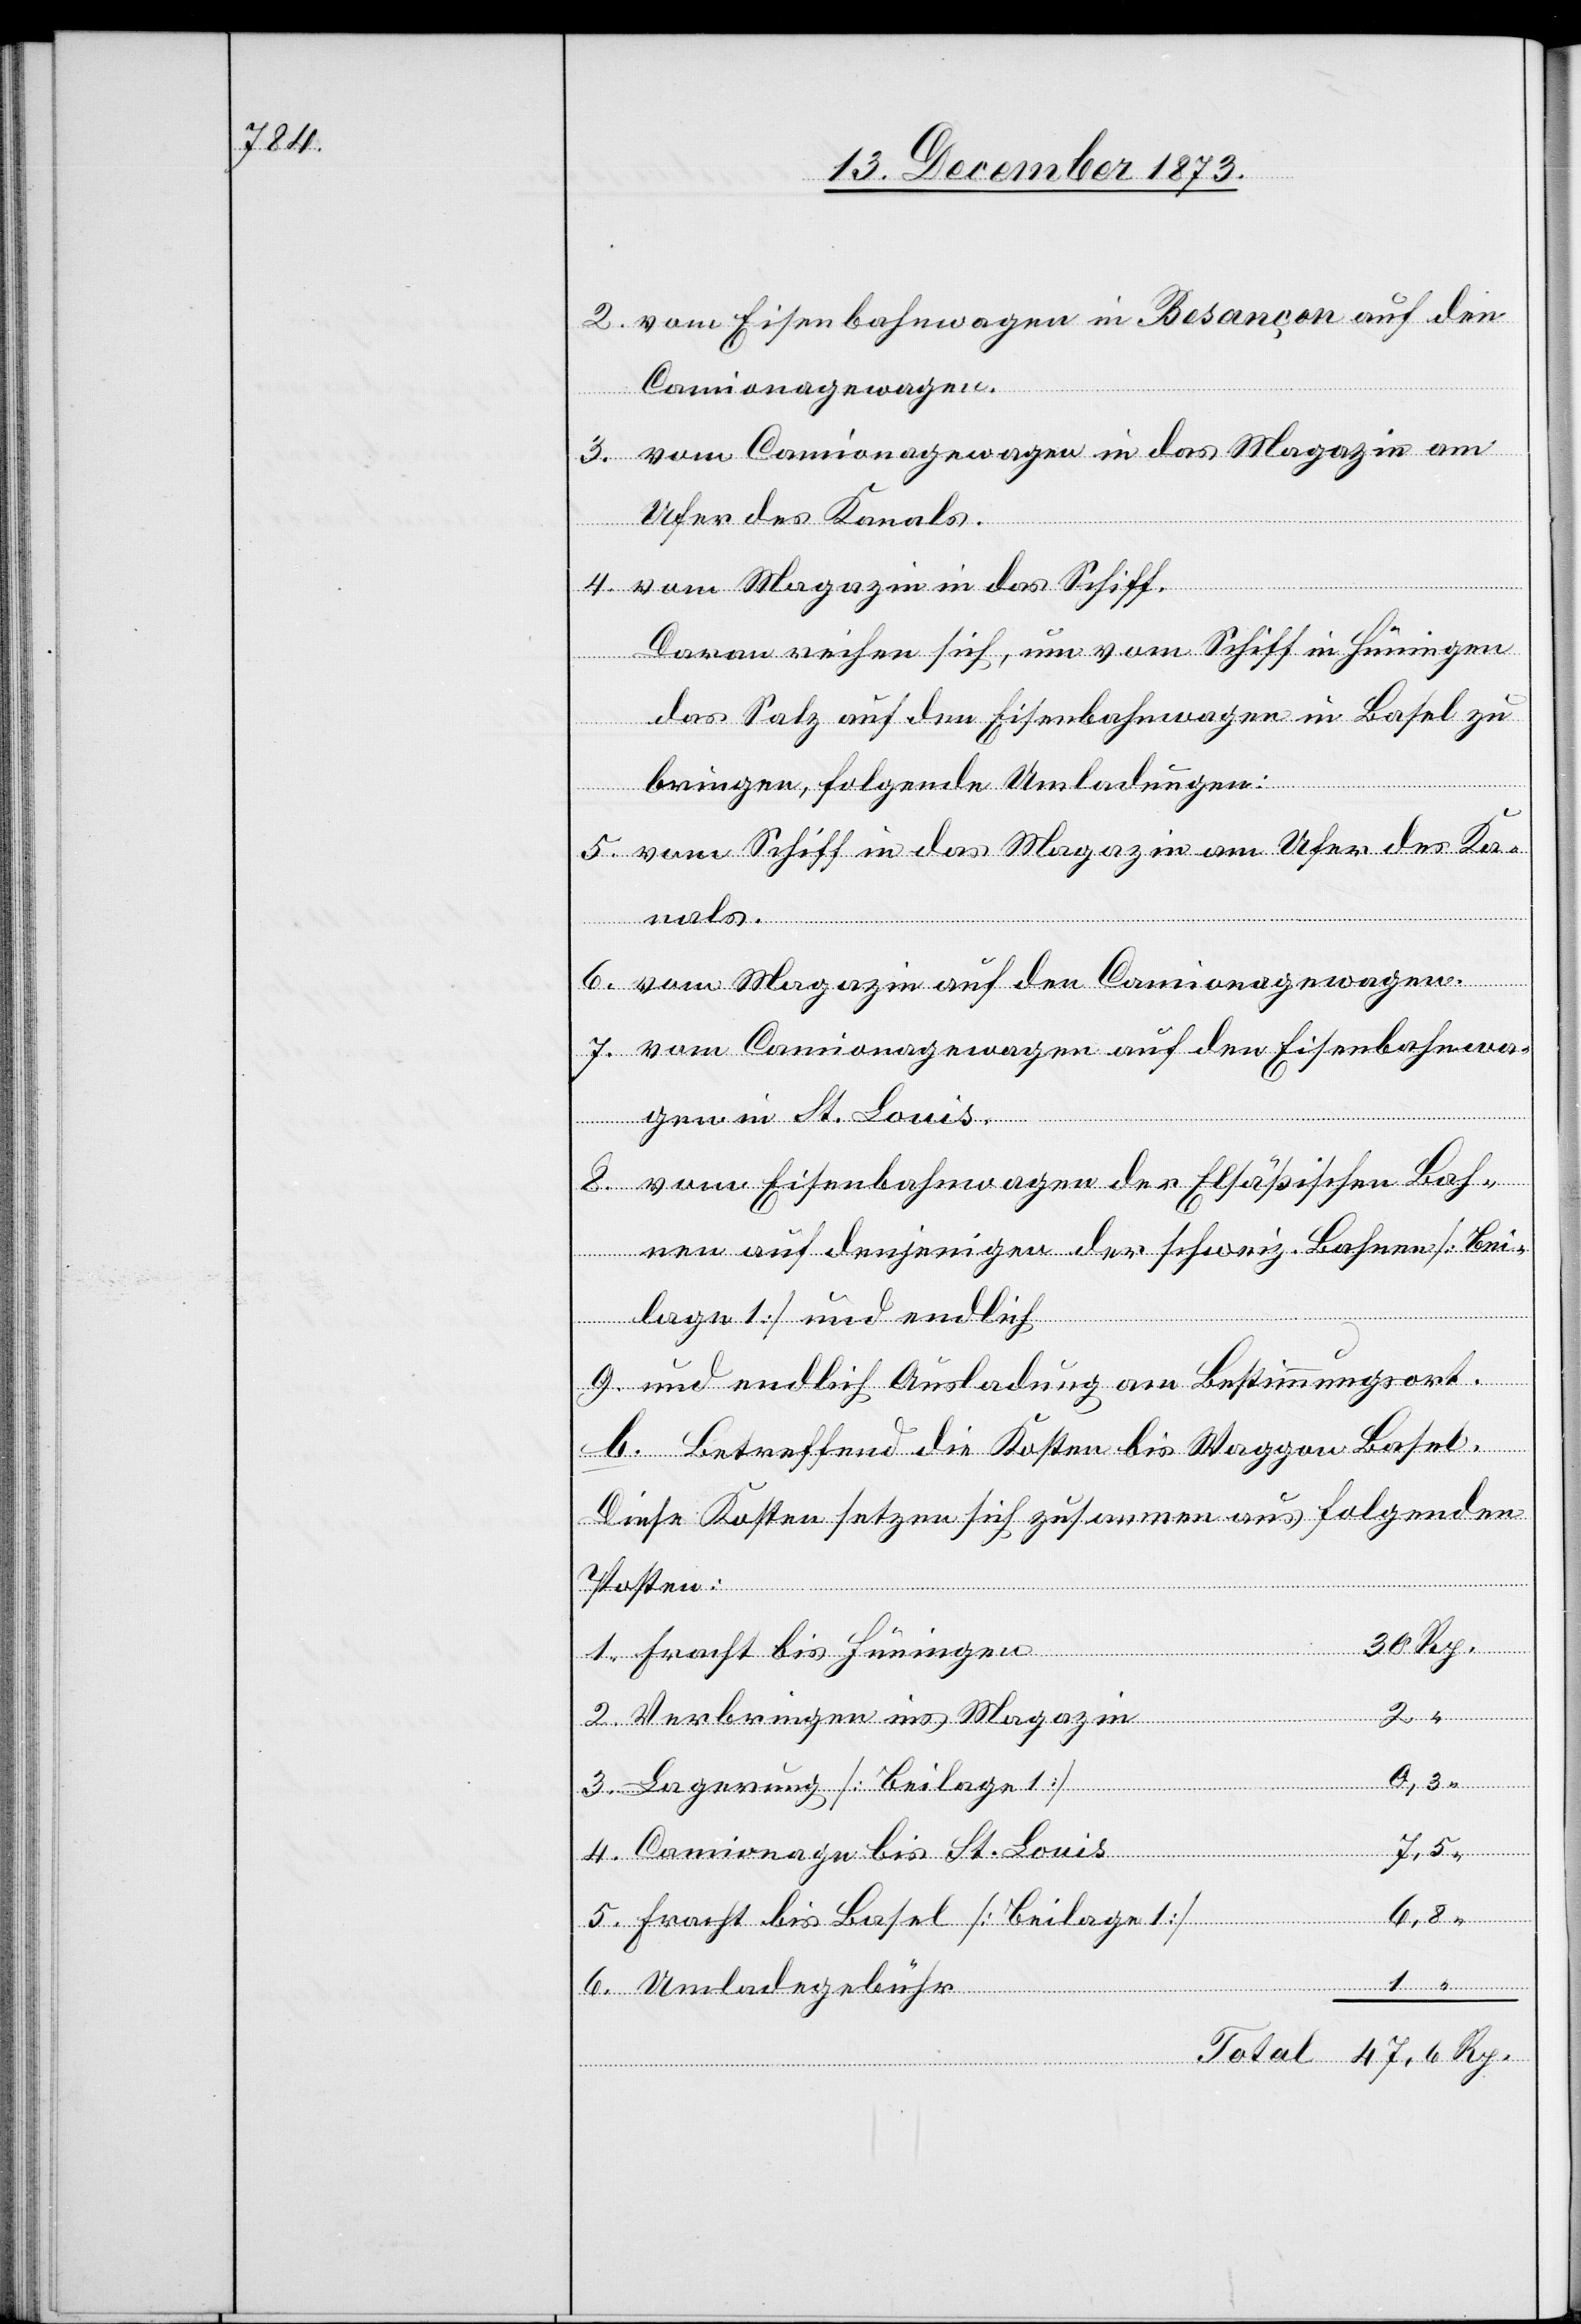
2. von Eisenbahnwagen in Besançon auf den
Camionagewagen.
3. vom Camionagewagen in das Magazin am
Ufer des Kanals.
4. vom Magazin in das Schiff.
Daran reihen sich, um vom Schiff in Hüningen
das Salz auf den Eisenbahnwagen in Basel zu
bringen, folgende Umladungen:
Rp.
5. vom Schiff in das Magazin am Ufer des Ka¬
nals.
6. vom Magazin auf den Camionagewagen.
7. vom Camionagewagen auf den Eisenbahnwa¬
gen in St. Louis.
8. vom Eisenbahnwagen der Elsäßischen Bah¬
nen auf denjenigen der schweiz. Bahnen [Bei¬
lage 1] und endlich
1
b. Betreffend die Kosten bis Waggon Basel.
Diese Kosten setzen sich zusammen aus folgenden
Posten:
1. Fracht bis Hüningen
Rp.
2. Verbringen ins Magazin
3. Lagerung [Beilage 1]
4. Camionage bis St. Louis
5. Fracht bis Basel [Beilage 1]
6. Umladegebühr